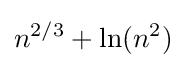
n^{2/3}+\ln(n^{2})